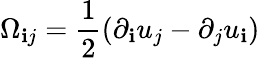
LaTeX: \Omega_{\mathbf{i}j}=\frac{{1}}{{2}}(\partial_{\mathbf{i}}u_{j}-\partial_{j}u_{\mathbf{i}})